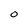
Character: O